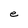
Character: e